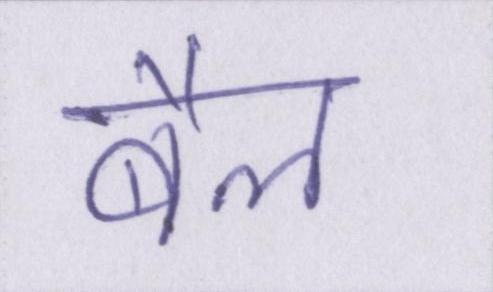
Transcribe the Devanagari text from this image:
बैल